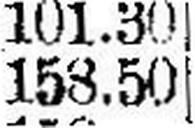
158.50